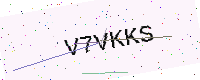
Text: V7VKKS